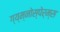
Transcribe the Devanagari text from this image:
ग्य्म्नोस्पेर्म्स